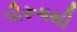
પૌરૂષથી